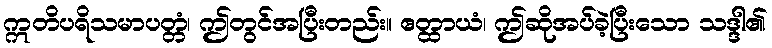
ဣတိပရိသမာပတ္တံ၊ ဤတွင်အပြီးတည်း။ ဧတ္ထာယံ၊ ဤဆိုအပ်ခဲ့ပြီးသော သဒ္ဒါ၏